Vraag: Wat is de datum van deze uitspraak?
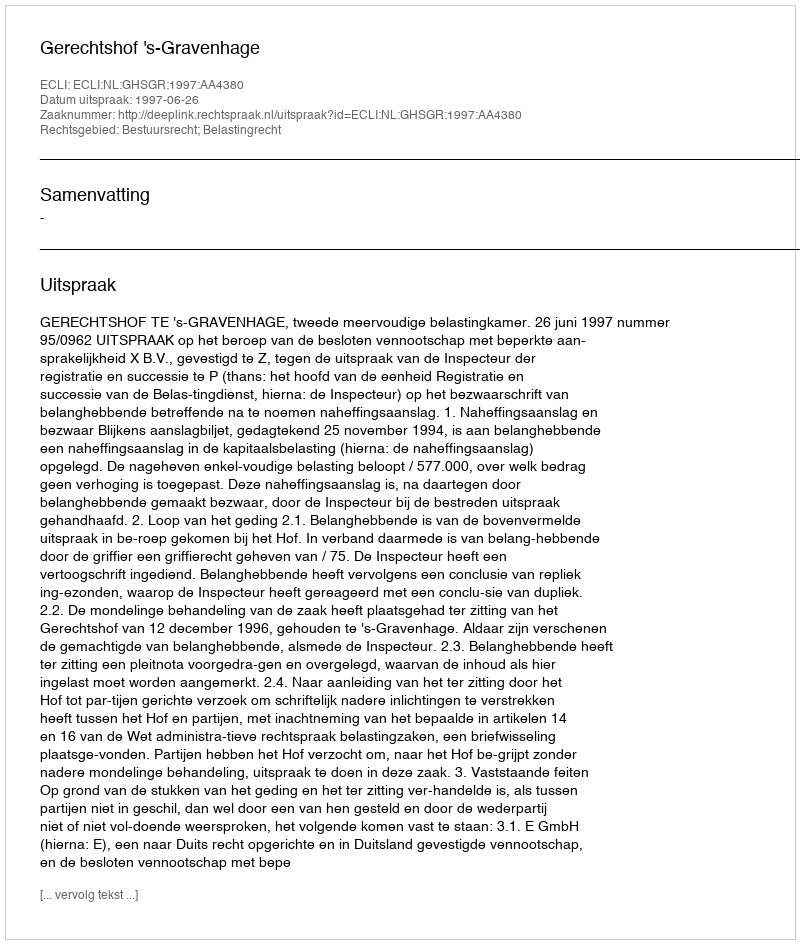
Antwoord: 1997-06-26